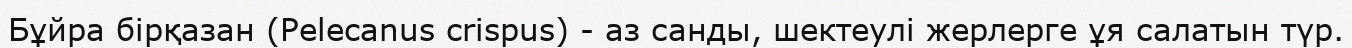
Бұйра бірқазан (Pelecanus crispus) - аз санды, шектеулі жерлерге ұя салатын түр.